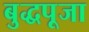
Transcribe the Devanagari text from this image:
बुद्धपूजा